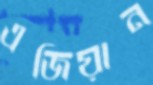
এজিয়ান